Annual administration and progress report of the Indian Medical Department, Bombay
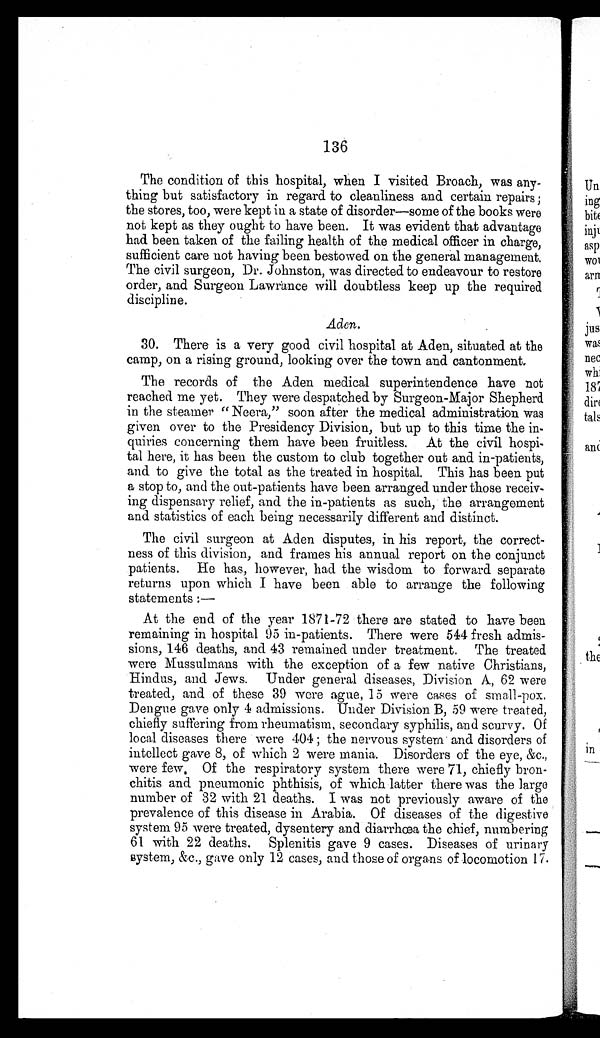
136
The condition of this hospital, when I visited Broach, was any
-thing but satisfactory in regard to cleanliness and certain repairs;
the stores, too, were kept in a state of disorder—some of the books were
not kept as they ought to have been. It was evident that advantage
had been taken of the failing health of the medical officer in charge,
sufficient care not having been bestowed on the general management.
The civil surgeon, Dr. Johnston, was directed to endeavour to restore
order, and Surgeon Lawrance will doubtless keep up the required
discipline.
Aden.
30. There is a very good civil hospital at Aden, situated at the
camp, on a rising ground, looking over the town and cantonment.
The records of the Aden medical superintendence have not
reached me yet. They were despatched by Surgeon-Major Shepherd
in the steamer "Neera," soon after the medical administration was
given over to the Presidency Division, but up to this time the in
-quiries concerning them have been fruitless. At the civil hospi
-tal here, it has been the custom to club together out and in-patients,
and to give the total as the treated in hospital. This has been put
a stop to, and the out-patients have been arranged under those receiv
-ing dispensary relief, and the in-patients as such, the arrangement
and statistics of each being necessarily different and distínct.
The civil surgeon at Aden disputes, in his report, the correct-
ness of this division, and frames his annual report on the conjunct
patients. He has, however, had the wisdom to forward separate
returns upon which I have been able to arrange the following
statements :
—
At the end of the year 1871-72 there are stated to have been
remaining in hospital 95 in-patients. There were 544 fresh admis
-sions, 146 deaths, and 43 remained under treatment. The treated
were Mussulmans with the exception of a few native Christians,
Hindus, and Jews. Under general diseases, Division A, 62 were
treated, and of these 39 wore ague, 15 were cases of small-pox.
Dengue gave only 4 admissions. Under Division B, 59 were treated,
chiefly suffering from rheumatism, secondary syphilis, and scurvy. Of
local diseases there were 404 ; the nervous system and disorders of
intellect gave 8, of which 2 were mania. Disorders of the eye, &c.,
were few. Of the respiratory system there were 71, chiefly bron
-chitis and pneumonic phthisis, of which latter there was the large
number of 32 with 21 deaths. I was not previously aware of the
prevalence of this disease in Arabia. Of diseases of the digestive
system 95 were treated, dysentery and diarrhœa the chief, numbering
61 with 22 deaths. Splenitis gave 9 cases. Diseases of urinary
system, &c., gave only 12 cases, and those of organs of locomotion 17.